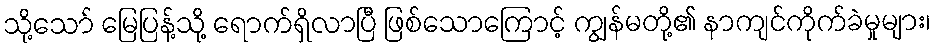
သို့သော် မြေပြန့်သို့ ရောက်ရှိလာပြီ ဖြစ်သောကြောင့် ကျွန်မတို့၏ နာကျင်ကိုက်ခဲမှုများ၊